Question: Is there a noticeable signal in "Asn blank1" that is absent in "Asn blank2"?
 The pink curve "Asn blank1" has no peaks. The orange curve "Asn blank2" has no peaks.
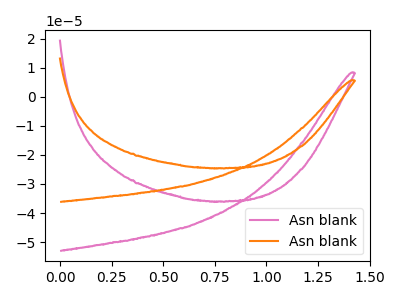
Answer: <think>Neither "Asn blank1" or "Asn blank2" have any peaks.
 </think>
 <answer>No, "Asn blank1" and "Asn blank2" don't appear to be significantly different in shape</answer>
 <eval>no_change</eval>